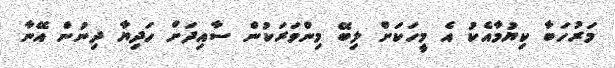
މަރުހަބާ ކިޔުމާއެކު އެ މީހަކަށް ލިބޭ މިންވަރަކުން ސާއިދަށް ހަދިޔާ ދިނުން އޭނާ